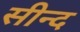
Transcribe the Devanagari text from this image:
सीन्द